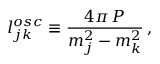
l _ { j k } ^ { o s c } \equiv \frac { 4 \pi \, P } { m _ { j } ^ { 2 } - m _ { k } ^ { 2 } } \, ,